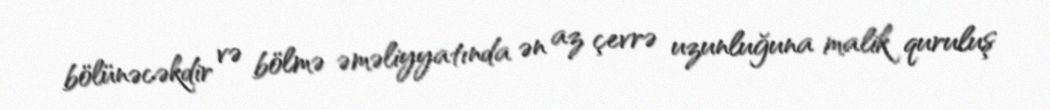
bölünəcəkdir və bölmə əməliyyatında ən az çevrə uzunluğuna malik quruluş